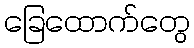
ခြေထောက်တွေ